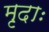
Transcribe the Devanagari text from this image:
मृदाः